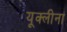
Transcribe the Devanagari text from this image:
यूक्लीना